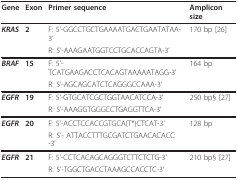
<table><thead><tr><td><b>Gene</b></td><td><b>Exon</b></td><td><b>Primer sequence</b></td><td><b>Amplicon size</b></td></tr></thead><tbody><tr><td><b><i>KRAS</i></b></td><td><b>2</b></td><td>F: 5&#x27;-GGCCTGCTGAAAATGACTGAATATAA-3&#x27;</td><td>170 bp [26]</td></tr><tr><td></td><td></td><td>R: 5&#x27;-AAAGAATGGTCCTGCACCAGTA-3&#x27;</td><td></td></tr><tr><td><b><i>BRAF</i></b></td><td><b>15</b></td><td>F: 5&#x27;-TCATGAAGACCTCACAGTAAAAATAGG-3&#x27;</td><td>164 bp</td></tr><tr><td></td><td></td><td>R: 5&#x27;-AGCAGCATCTCAGGGCCAAA-3&#x27;</td><td></td></tr><tr><td><b><i>EGFR</i></b></td><td><b>19</b></td><td>F: 5&#x27;-GTGCATCGCTGGTAACATCCA-3&#x27;</td><td>250 bp§ [27]</td></tr><tr><td></td><td></td><td>R: 5&#x27;-AAAGGTGGGCCTGAGGTTCA-3&#x27;</td><td></td></tr><tr><td><b><i>EGFR</i></b></td><td><b>20</b></td><td>F: 5&#x27;-ACCTCCACCGTGCA(T*)CTCAT-3&#x27;</td><td>128 bp</td></tr><tr><td></td><td></td><td>R: 5&#x27;- ATTACCTTTGCGATCTGAACACACC -3&#x27;</td><td></td></tr><tr><td><b><i>EGFR</i></b></td><td><b>21</b></td><td>F: 5&#x27;-CCTCACAGCAGGGTCTTCTCTG-3&#x27;</td><td>210 bp§ [27]</td></tr><tr><td></td><td></td><td>R: 5&#x27;-TGGCTGACCTAAAGCCACCTC-3&#x27;</td><td></td></tr></tbody></table>